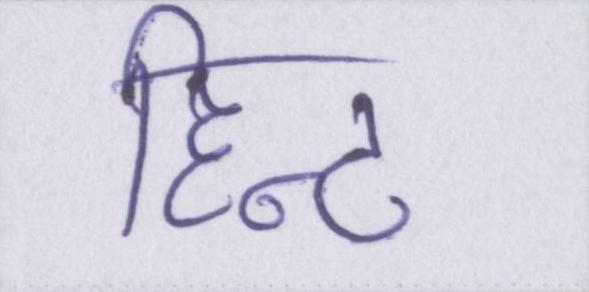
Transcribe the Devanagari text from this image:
हिन्ट